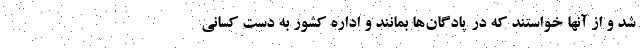
شد و از آنها خواستند که در پادگان‌ها بمانند و اداره کشور به دست کسانی